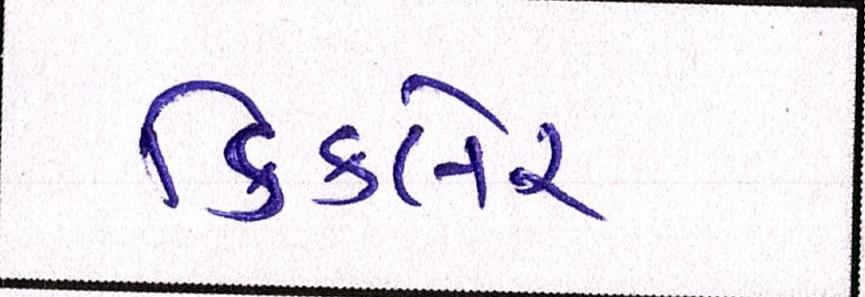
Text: ડિકલેર